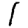
Digit: 1